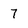
Character: 7